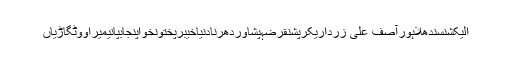
الیکشنسندھلاہورآصف علی زرداریکرپشنقرضہپشاوردھرنادنیاخیبرپختونخواپنجابپانیمیراووٹگاڑیاں